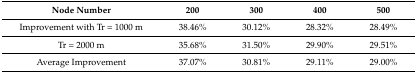
<table><thead><tr><td><b>Node Number</b></td><td><b>200</b></td><td><b>300</b></td><td><b>400</b></td><td><b>500</b></td></tr></thead><tbody><tr><td>Improvement with Tr = 1000 m</td><td>38.46%</td><td>30.12%</td><td>28.32%</td><td>28.49%</td></tr><tr><td>Tr = 2000 m</td><td>35.68%</td><td>31.50%</td><td>29.90%</td><td>29.51%</td></tr><tr><td>Average Improvement</td><td>37.07%</td><td>30.81%</td><td>29.11%</td><td>29.00%</td></tr></tbody></table>